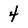
Character: 4